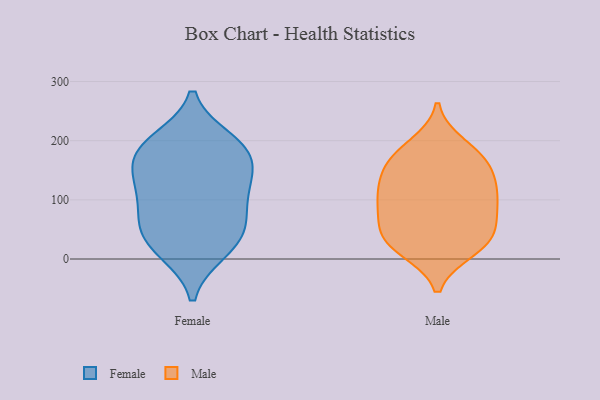
{"axis": {"x": "LTV (USD)", "y": "Value"}, "legend": ["Female", "Male"], "data": [{"x": "", "y": 119, "type": "Female"}, {"x": "", "y": 105, "type": "Female"}, {"x": "", "y": 14, "type": "Female"}, {"x": "", "y": 199, "type": "Female"}, {"x": "", "y": 186, "type": "Female"}, {"x": "", "y": 129, "type": "Female"}, {"x": "", "y": 149, "type": "Female"}, {"x": "", "y": 63, "type": "Female"}, {"x": "", "y": 183, "type": "Female"}, {"x": "", "y": 57, "type": "Female"}, {"x": "", "y": 182, "type": "Female"}, {"x": "", "y": 47, "type": "Female"}, {"x": "", "y": 19, "type": "Female"}, {"x": "", "y": 32, "type": "Male"}, {"x": "", "y": 29, "type": "Male"}, {"x": "", "y": 60, "type": "Male"}, {"x": "", "y": 97, "type": "Male"}, {"x": "", "y": 22, "type": "Male"}, {"x": "", "y": 134, "type": "Male"}, {"x": "", "y": 172, "type": "Male"}, {"x": "", "y": 54, "type": "Male"}, {"x": "", "y": 99, "type": "Male"}, {"x": "", "y": 131, "type": "Male"}, {"x": "", "y": 16, "type": "Male"}, {"x": "", "y": 113, "type": "Male"}, {"x": "", "y": 163, "type": "Male"}, {"x": "", "y": 169, "type": "Male"}, {"x": "", "y": 85, "type": "Male"}, {"x": "", "y": 192, "type": "Male"}]}